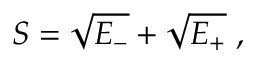
S = \sqrt { E _ { - } } + \sqrt { E _ { + } } \; ,